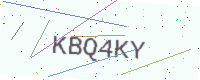
Text: KBQ4KY